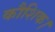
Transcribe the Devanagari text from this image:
कौशिक।